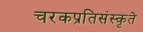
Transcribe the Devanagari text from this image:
चरकप्रतिसंस्कृते